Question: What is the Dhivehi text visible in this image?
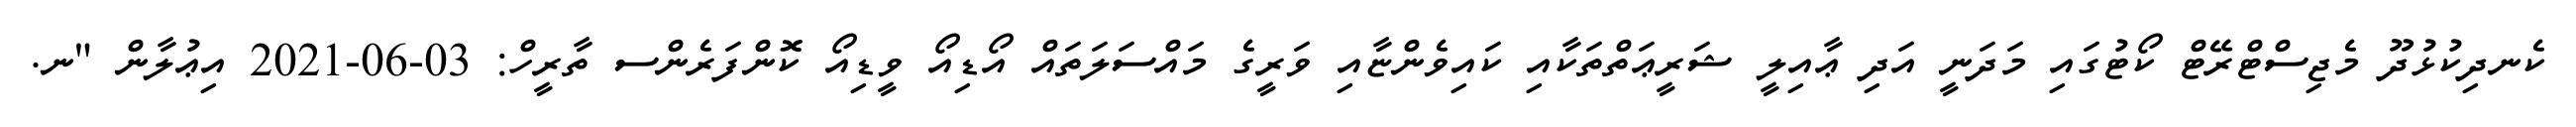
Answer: ކެނދިކުޅުދޫ މެޖިސްޓްރޭޓް ކޯޓުގައި މަދަނީ އަދި ޢާއިލީ ޝަރީޢަތްތަކާއި ކައިވެންޏާއި ވަރީގެ މައްސަލަތައް އޯޑިއޯ ވީޑިއޯ ކޮންފަރެންސ ތާރީހް: 03-06-2021 އިޢުލާން "ނ.